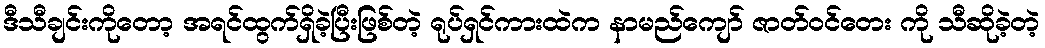
ဒီသီချင်းကိုတော့ အရင်ထွက်ရှိခဲ့ပြီးဖြစ်တဲ့ ရုပ်ရှင်ကားထဲက နာမည်ကျော် ဇာတ်ဝင်တေး ကို သီဆိုခဲ့တဲ့